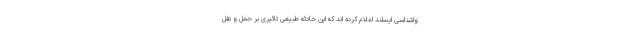
واشناسی ایسلند اعلام کرده اند که این حادثه طبیعی تاثیری بر حمل و نقل